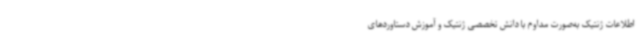
اطلاعات ژنتیک به‌صورت مداوم با دانش تخصصی ژنتیک و آموزش دستاوردهای